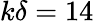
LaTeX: k\delta=14